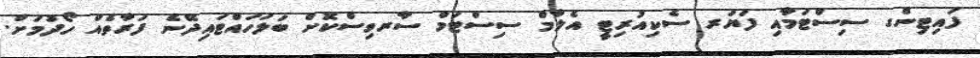
ފައިޓިންގ ސިސްޓަމާއި ފަޔަރ ސެކިއުރިޓީ އެލާމް ސިސްޓަމް ސާރވިސްކޮށް ބަލަހައްޓައިދޭނެ ފަރާތެއް ހޯދުމަށް.